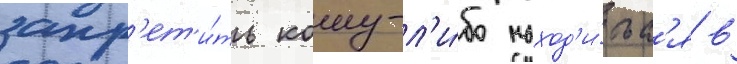
запр'ет'и́ть кому-л'и́бо наход'и́тьс'я в